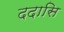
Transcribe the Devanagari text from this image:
ददासि